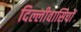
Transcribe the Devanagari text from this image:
दिल्लीवासियों